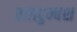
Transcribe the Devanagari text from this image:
ताग़दुम्बश